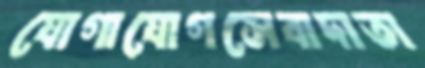
যোগাযোগসেবাদাতা